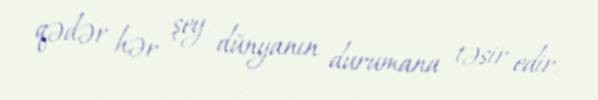
qədər hər şey dünyanın durumana təsir edir.